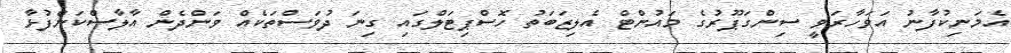
އެމަނިކުފާނު އަވަހާރަވީ ސިންގަޕޫރުގެ މައުންޓް އެލިޒަބަތު ހޮސްޕިޓަލްގައި ގިނަ ދުވަސްތަކެއް ވަންދެން އާލާސްކަންފުޅާ